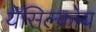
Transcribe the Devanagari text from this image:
येसिल्कोय